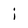
Character: i